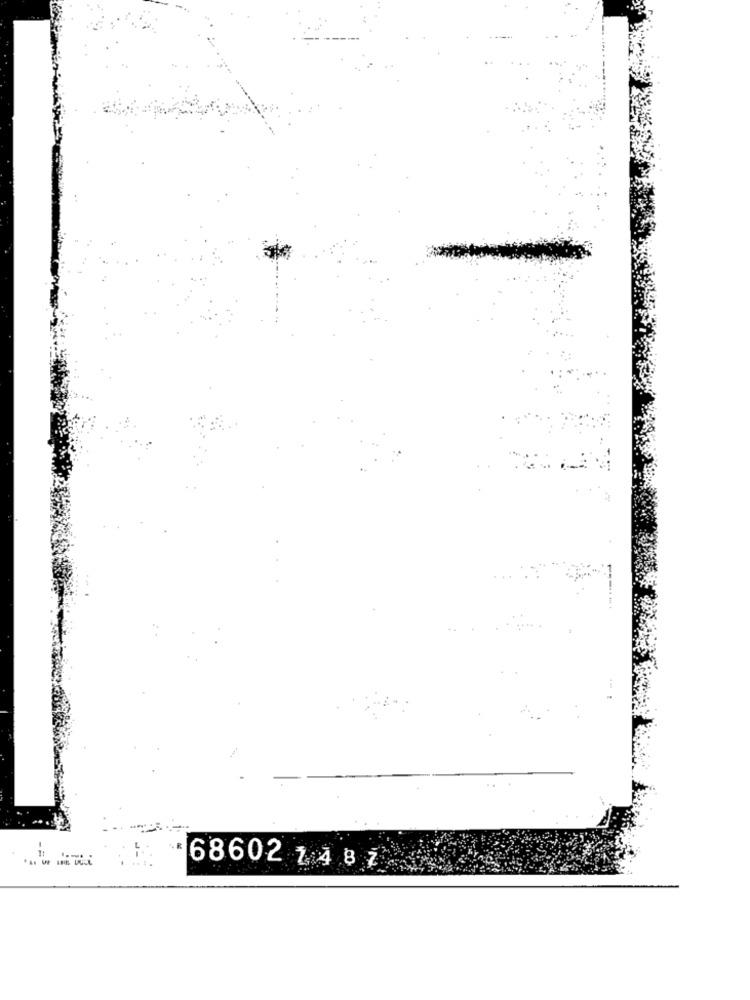
68602 1 4 8 7